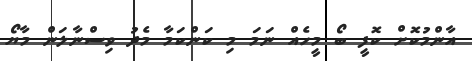
އާންމުކޮށް ކޮފީ ބޯ މީހެއް ނަމަ މި ކަންކަމާ މެދު ވިސްނާލަން މާޔޯ